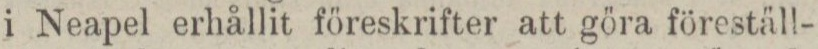
i Neapel erhållit föreskrifter att göra föreställ-